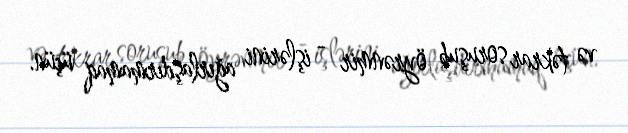
və təkrar soruşub öyrənmir - işlərini ağırlaşdırmamaq üçün.